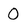
Character: 0